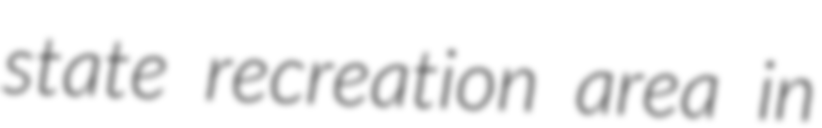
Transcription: state recreation area in